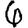
Digit: 6